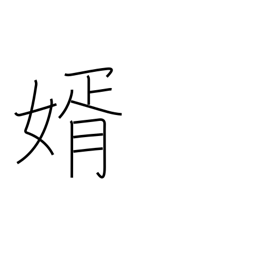
Meaning: bridegroom